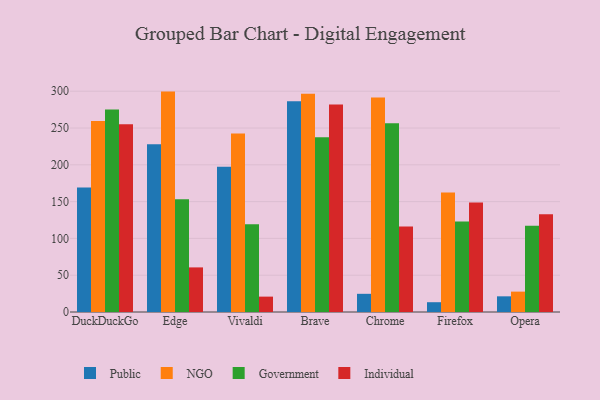
{"axis": {"x": "Browser", "y": "Bounce Rate (%)"}, "legend": ["Government", "Individual", "NGO", "Public"], "data": [{"x": "DuckDuckGo", "y": 169.3, "type": "Public"}, {"x": "DuckDuckGo", "y": 259.4, "type": "NGO"}, {"x": "DuckDuckGo", "y": 275.3, "type": "Government"}, {"x": "DuckDuckGo", "y": 255.0, "type": "Individual"}, {"x": "Edge", "y": 228.0, "type": "Public"}, {"x": "Edge", "y": 299.5, "type": "NGO"}, {"x": "Edge", "y": 153.2, "type": "Government"}, {"x": "Edge", "y": 60.6, "type": "Individual"}, {"x": "Vivaldi", "y": 197.5, "type": "Public"}, {"x": "Vivaldi", "y": 242.7, "type": "NGO"}, {"x": "Vivaldi", "y": 119.2, "type": "Government"}, {"x": "Vivaldi", "y": 20.9, "type": "Individual"}, {"x": "Brave", "y": 286.5, "type": "Public"}, {"x": "Brave", "y": 296.7, "type": "NGO"}, {"x": "Brave", "y": 237.4, "type": "Government"}, {"x": "Brave", "y": 282.0, "type": "Individual"}, {"x": "Chrome", "y": 24.7, "type": "Public"}, {"x": "Chrome", "y": 291.5, "type": "NGO"}, {"x": "Chrome", "y": 256.5, "type": "Government"}, {"x": "Chrome", "y": 116.1, "type": "Individual"}, {"x": "Firefox", "y": 13.3, "type": "Public"}, {"x": "Firefox", "y": 162.4, "type": "NGO"}, {"x": "Firefox", "y": 123.1, "type": "Government"}, {"x": "Firefox", "y": 148.8, "type": "Individual"}, {"x": "Opera", "y": 21.3, "type": "Public"}, {"x": "Opera", "y": 27.7, "type": "NGO"}, {"x": "Opera", "y": 117.3, "type": "Government"}, {"x": "Opera", "y": 132.7, "type": "Individual"}]}